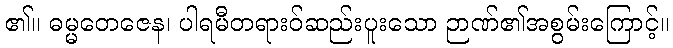
၏။ ဓမ္မတေဇေန၊ ပါရမီတရားဝ်ဆည်းပူးသော ဉာဏ်၏အစွမ်းကြောင့်။